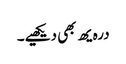
درہ یھ بھی دیکھیے۔